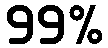
99%